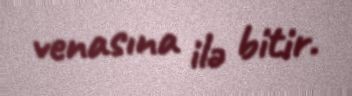
venasına ilə bitir.